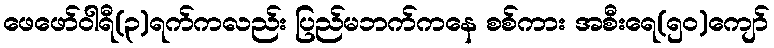
ဖေဖော်ဝါရီ(၃)ရက်ကလည်း ပြည်မဘက်ကနေ စစ်ကား အစီးရေ(၅၀)ကျော်